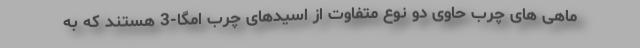
ماهی های چرب حاوی دو نوع متفاوت از اسیدهای چرب امگا-3 هستند که به